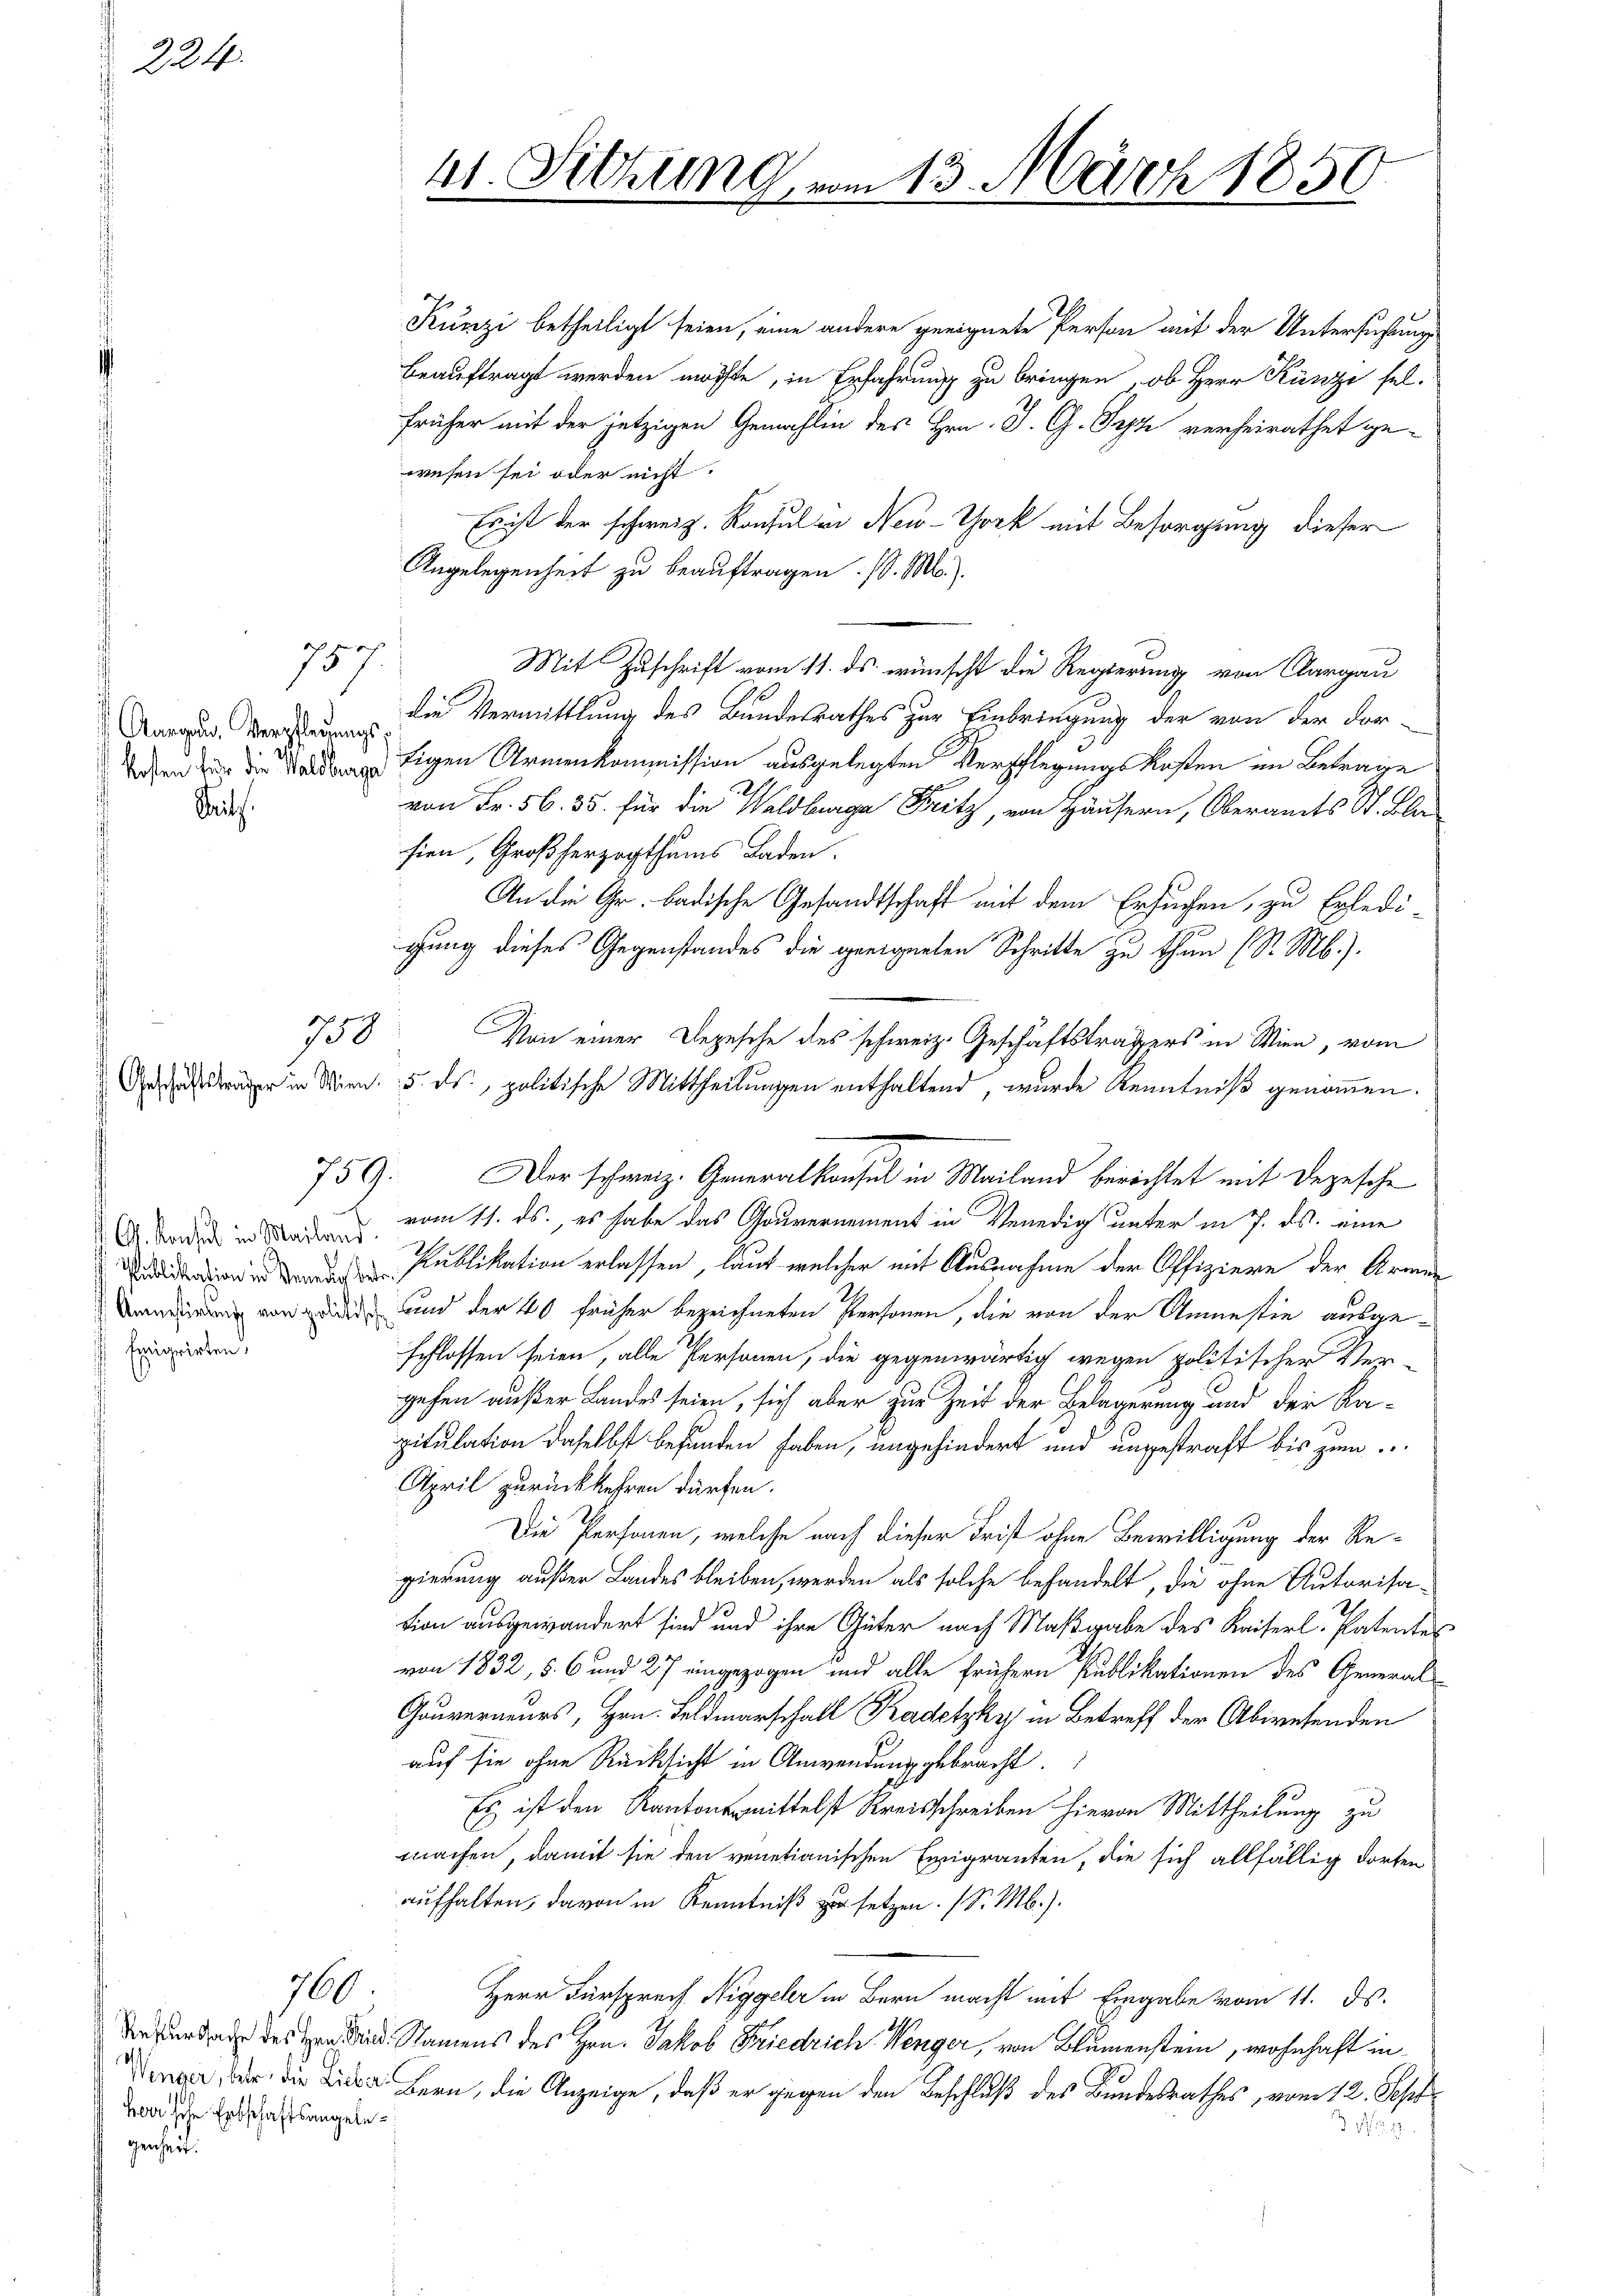
224.

757.

Aargau, Verpflegungs
Saits.

fmigrirten,
.

760.

gef

herrsche Erbschaftsangelegenheit.

750.

759.

ht. Sitzung
c

Kunzi betheiligt seien, eine andere geeignete Person mit der Untersuchtung
beauftragt werden möchte, in Erfahrung zu bringen, ob Herr Künze sel-
früher mit der jetzigen Gemahlin des Hrn. J. G. Syz verheirathet gewesen sei oder nicht
Erist der schweiz. Konsul in New-York mit Besorgung dieser
Angelegenheit zu beauftragen. (l. M.)
Mit Zuschrift vom 11. ds. wünscht die Regierung von Aargau
die Vermittlung des Bundesrathes zur Einbringung der von der dor-
tigen Armenkommission ausgelegten Verpflegungs Kosten im Betrage
von Fr. 56. 35. für die Waldberge Fritz, von Häusern, Oberamts St. Bla
sien, Großherzogthums Laden.
An die Gr. badische Gesandtschaft mit dem Ersuchen, zu Erledi-
gung dieses Gegenstandes die geeigneten Schritte zu thun (S. Mb.).
Von einer Depesche des schweiz. Geschäftsträgers in Wien, vom
Geträger in Wien. 15. ds., politische Mittheilungen enthaltend, wurde Kenntniß genommen.
Der schweiz. Generalkonsul in Mailand berichtet mit Depesche
 Tode in den vom 11. ds., es habe das Gouvernement in Venedig unter in 7. ds. eine
 Publikation erlassen, laut welcher mit Ausnahme der Offiziere der Armen
irung von der und der 40 früher bezeichneten Personen, die von der Anmestie ausgeschlossen seien, alle Personen, die gegenwärtig wegen politischer Ver-
gehen außer Landes seien, sich aber zur Zeit der Belagerung und der Rapitulation daselbst befunden haben, ungehindert und ungestraft bis zum
April zurückkehren dürfen.
Die Personen, welche nach dieser Frist ohne Bewilligung der Regierung außer Landes bleiben, werden als solche behandelt, die ohne Autorisation ausgewandert sind und ihre Güter nach Maßgabe des Kaiserl. Patentes
von 1832, 5. 6 und 27 eingezogen und alle frühern Publikationen des General-
Gauverneurs, Hrn. Feldmarschall Kadetzky in Betreff der Abwesenden
auf sie ohne Rücksicht in Anwendung gebracht.
Es ist den Kantonsmittelst Kreisschreiben hievon Mittheilung zu
machen, damit sie den venetianischen Emigranten, die sich allfällig dorten
aufhalten, davon in Kenntniß zu setzen. (S. M.).
Herr Fürsprech Niggeler in Bern macht mit Eingabe vom 11. ds.
Verdar des er eid. Namens des Hrn. Jakob Friedrich Wenger, von Blumenstein, wohnhaft in
  die in Bern, die Anzeige, daß er gegen den Beschluß des Bundesrathes, vom 12. Sept
3452.

13. März 1850.